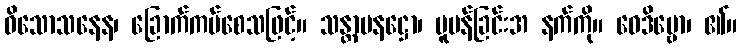
ဝိသောသနေန၊ ခြောက်ကပ်စေသဖြင့်။ သန္တာပနဋ္ဌော၊ ပူပန်ခြင်းအ နက်ကို။ ဝေဒိဗ္ဗော၊ ၏။